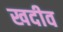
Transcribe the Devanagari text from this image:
खदीव